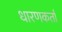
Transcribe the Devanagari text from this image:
धारणकर्ता